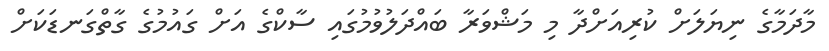
މާދަމާގެ ނިޔަލަށް ކުރިއަށްދާ މި މަޝްވަރާ ބައްދަލުވުމުގައި ސާކްގެ އަށް ގައުމުގެ ގާތްގަނޑަކަށް